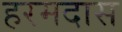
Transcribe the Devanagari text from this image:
हरमदास